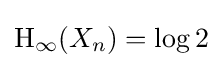
\mathrm {H} _{\infty }(X_{n})=\log 2